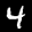
Label: 4